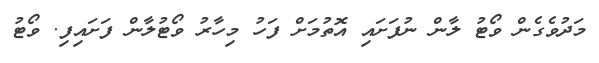
މަދުވެގެން ވޯޓު ލާން ނުފަށައި އޮތުމަށް ފަހު މިހާރު ވޯޓުލާން ފަށައިފި. ވޯޓު